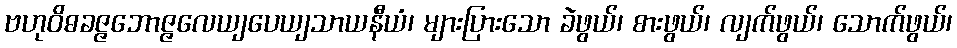
ဗဟုဝိဓခဇ္ဇဘောဇ္ဇလေယျပေယျသာယနီယံ၊ များပြားသော ခဲဖွယ်၊ စားဖွယ်၊ လျက်ဖွယ်၊ သောက်ဖွယ်၊